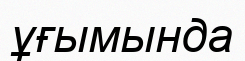
ұғымында